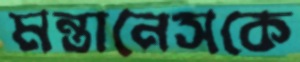
মন্তানেসকে